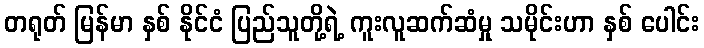
တရုတ် မြန်မာ နှစ် နိုင်ငံ ပြည်သူတို့ရဲ့ ကူးလူဆက်ဆံမှု သမိုင်းဟာ နှစ် ပေါင်း